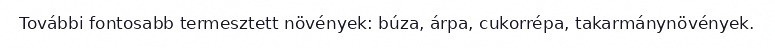
További fontosabb termesztett növények: búza, árpa, cukorrépa, takarmánynövények.